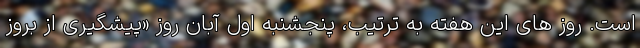
است. روز های این هفته به ترتیب، پنجشنبه اول آبان روز «پیشگیری از بروز